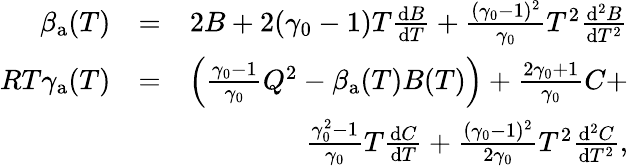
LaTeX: \begin{array}{rlr}{\beta_{\mathrm{a}}(T)}&{=}&{2B+2(\gamma_{0}-1)T\frac{\mathrm{d}B}{\mathrm{d}T}+\frac{(\gamma_{0}-1)^{2}}{\gamma_{0}}T^{2}\frac{\mathrm{d}^{2}B}{\mathrm{d}T^{2}}}\\ {RT\gamma_{\mathrm{a}}(T)}&{=}&{\left(\frac{\gamma_{0}-1}{\gamma_{0}}Q^{2}-\beta_{\mathrm{a}}(T)B(T)\right)+\frac{2\gamma_{0}+1}{\gamma_{0}}C+}\\ &{}&{\frac{\gamma_{0}^{2}-1}{\gamma_{0}}T\frac{\mathrm{d}C}{\mathrm{d}T}+\frac{(\gamma_{0}-1)^{2}}{2\gamma_{0}}T^{2}\frac{\mathrm{d}^{2}C}{\mathrm{d}T^{2}},}\end{array}